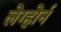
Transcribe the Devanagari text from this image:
लेग्होर्न